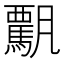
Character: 𩥡